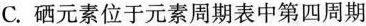
C.硒元素位于元素周期表中第四周期